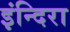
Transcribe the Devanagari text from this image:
इंन्दिरा